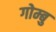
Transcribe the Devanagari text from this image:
गोम्बु